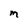
Character: M